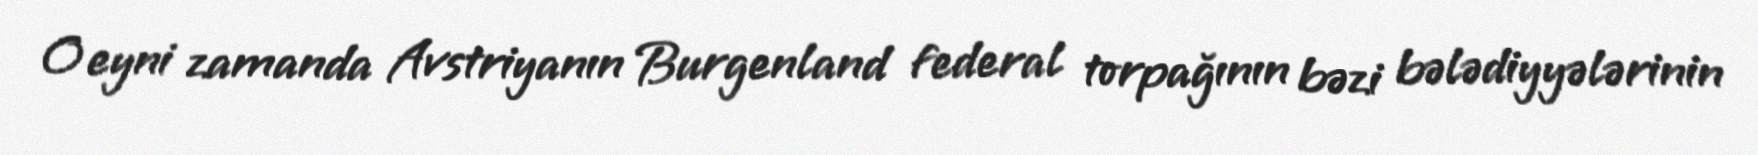
O eyni zamanda Avstriyanın Burgenland federal torpağının bəzi bələdiyyələrinin